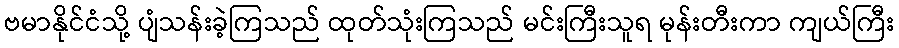
ဗမာနိုင်ငံသို့ ပျံသန်းခဲ့ကြသည် ထုတ်သုံးကြသည် မင်းကြီးသူရ မုန်းတီးကာ ကျယ်ကြီး